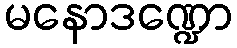
မနောဒဏ္ဍော